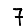
Digit: 7